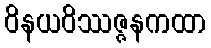
ဝိနယဝိဿဇ္ဇနကထာ